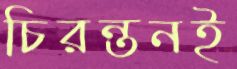
চিরন্তনই